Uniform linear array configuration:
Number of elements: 64
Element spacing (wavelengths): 0.5
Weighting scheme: cosine
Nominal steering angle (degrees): -45
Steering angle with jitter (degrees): -44.705
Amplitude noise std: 0.05
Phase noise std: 0.05

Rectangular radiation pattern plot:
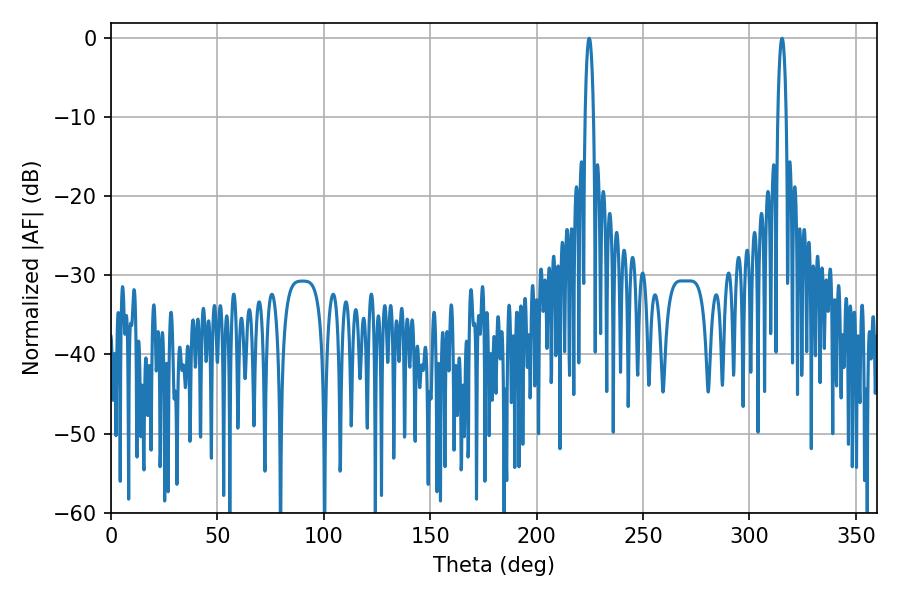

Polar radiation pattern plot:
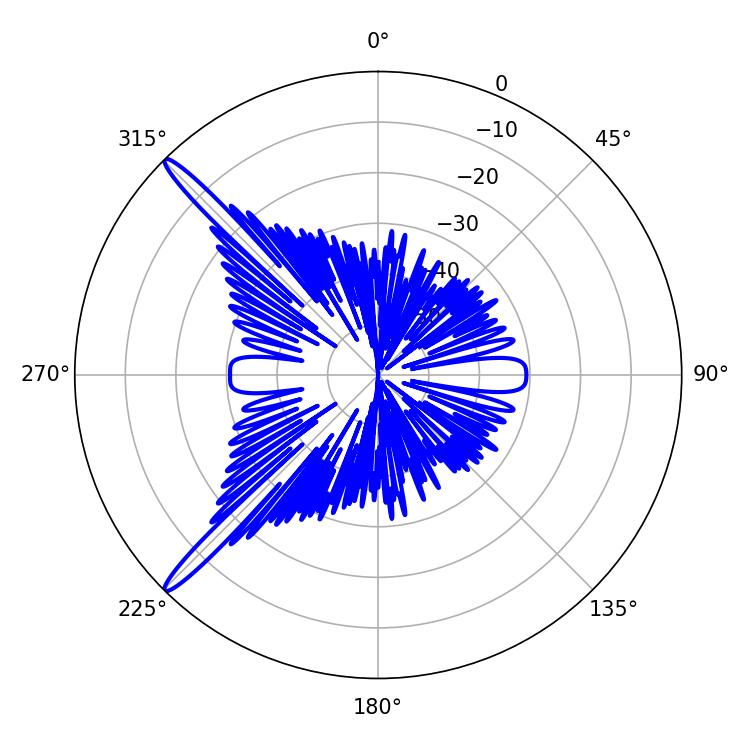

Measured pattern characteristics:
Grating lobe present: FALSE
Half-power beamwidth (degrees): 2.16
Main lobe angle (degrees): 224.64